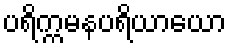
ပရိက္ကမနပရိယာယော